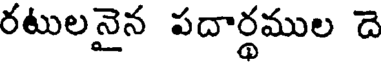
రటులనైన పదార్థముల దె